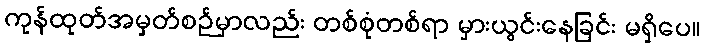
ကုန်ထုတ်အမှတ်စဉ်မှာလည်း တစ်စုံတစ်ရာ မှားယွင်းနေခြင်း မရှိပေ။